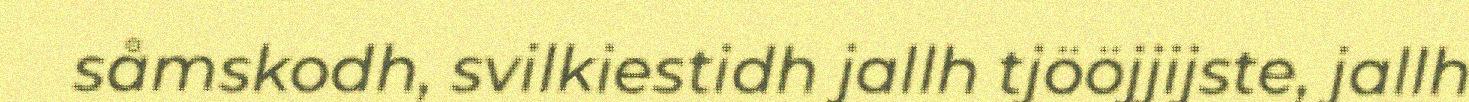
såmskodh, svilkiestidh jallh tjööjjijste, jallh